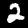
Label: 2